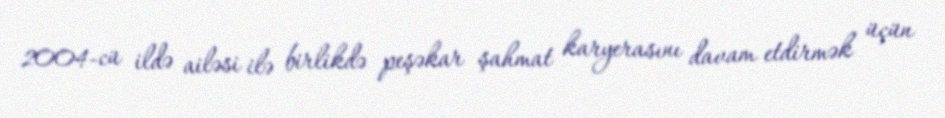
2004-cü ildə ailəsi ilə birlikdə peşəkar şahmat karyerasını davam etdirmək üçün